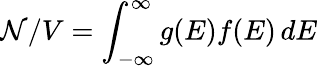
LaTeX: \mathcal{N}/V=\int_{-\infty}^{\infty}g(E)f(E)\, dE